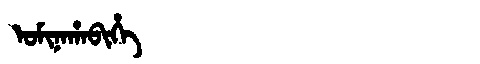
Manchu: ᠣᠮᡳᠨᠠᡥᠠᠪᡳᡥᡝ
Romanization: OMINAHABIHE